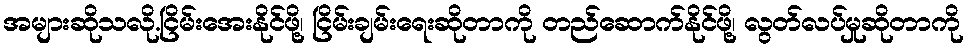
အများဆိုသလို.ငြိမ်းအေးနိုင်ဖို့၊ ငြိမ်းချမ်းရေးဆိုတာကို တည်ဆောက်နိုင်ဖို့၊ လွတ်လပ်မှုဆိုတာကို